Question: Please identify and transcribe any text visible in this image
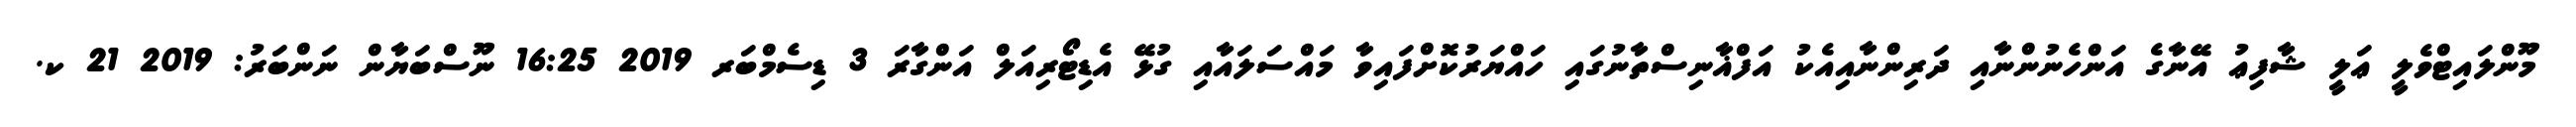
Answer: މޫންލައިޓްވެލީ ޢަލީ ޝާފިޢު އޭނާގެ އަންހެނުންނާއި ދަރިންނާއިއެކު އަފްޣާނިސްތާނުގައި ހައްޔަރުކޮށްފައިވާ މައްސަލައާއި ގުޅޭ އެޑިޓޯރިއަލް އަންގާރަ 3 ޑިސެމްބަރ 2019 16:25 ނޫސްބަޔާން ނަންބަރު: 2019 21 ކ.